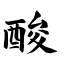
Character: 酸